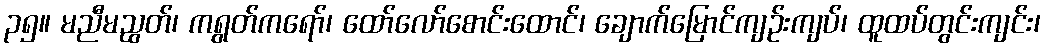
၃၅။ မညီမညွတ်၊ ကရွတ်ကရော်၊ ထော်လော်စောင်းထောင်၊ ချောက်မြောင်ကျဉ်းကျပ်၊ ထူထပ်တွင်းကျင်း၊